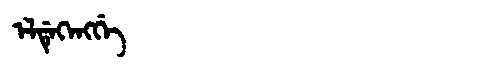
Manchu: ᡝᠯᡩᡝᡴᡝᠩᡤᡝ
Romanization: ELDEKENGGE